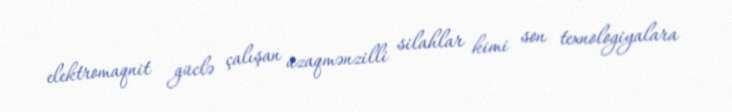
elektromaqnit güclə çalışan uzaqmənzilli silahlar kimi son texnologiyalara